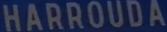
HARROUDA